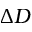
\Delta D